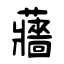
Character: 蘠